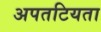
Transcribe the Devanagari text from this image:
अपतटियता